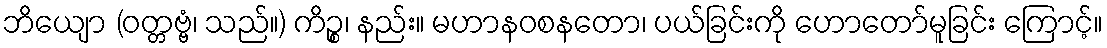
ဘိယျော (ဝတ္တဗ္ဗံ၊ သည်။) ကိဉ္စ၊ နည်း။ မဟာနဝစနတော၊ ပယ်ခြင်းကို ဟောတော်မူခြင်း ကြောင့်။